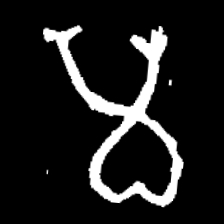
Pyu character \u2014 Myanmar letter: မ (romanized: ma)